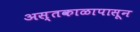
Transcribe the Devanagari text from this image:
अस्तकाळापासून